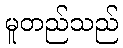
မူတည်သည်